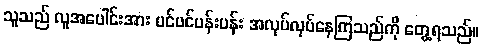
သူသည် လူအပေါင်းအား ပင်ပင်ပန်းပန်း အလုပ်လုပ်နေကြသည်ကို တွေ့ရသည်။